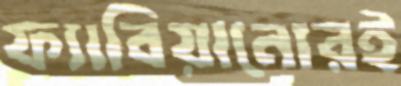
ফ্যাবিয়ানোরই